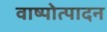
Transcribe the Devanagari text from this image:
वाष्पोत्पादन